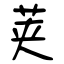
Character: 荚